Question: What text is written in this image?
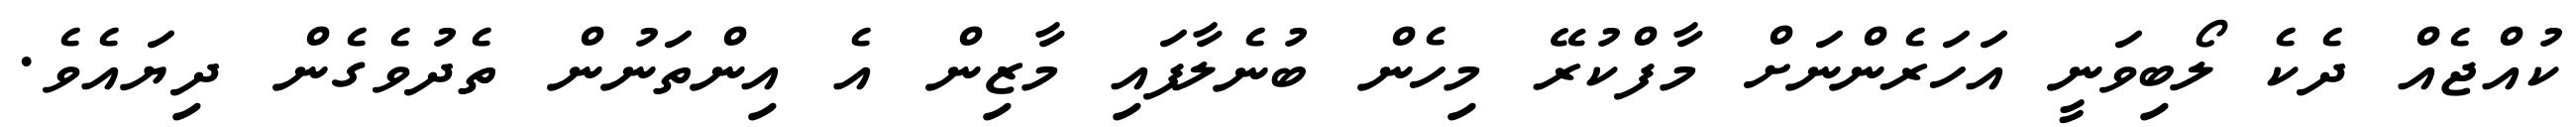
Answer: ކުއްޖެއް ދެކެ ލޯބިވަނީ އަހަރެންނަށް މާފްކުރޭ މިހެން ބުނެލާފައި މާޒިން އެ އިންތަނުން ތެދުވެގެން ދިޔައެވެ.